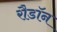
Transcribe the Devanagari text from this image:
रौडॉन